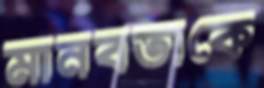
মানবতাকে